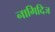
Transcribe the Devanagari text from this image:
नागिदिज